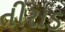
તીરાડ